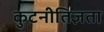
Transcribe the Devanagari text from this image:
कुटनीतिज्ञता